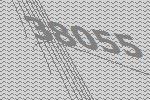
38055